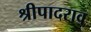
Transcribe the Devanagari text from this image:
श्रीपादराव